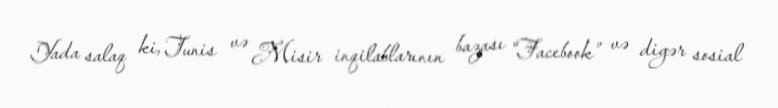
Yada salaq ki, Tunis və Misir inqilablarının bazası “Facebook” və digər sosial